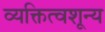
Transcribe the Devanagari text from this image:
व्यक्तित्वशून्य